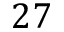
2 7